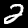
Label: 2